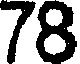
78